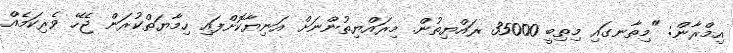
އިމްރާން: "މިތާނގައި މިތިބީ 35000 ރައްޔިތުން. މިރައްޔިތުންނަށް އަނިޔާކޮށްފައި ހިމާޔަތްކުރަން ޖެހޭ ވެރިކަމެއް